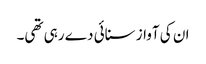
ان کی آواز سنائی دے رہی تھی۔